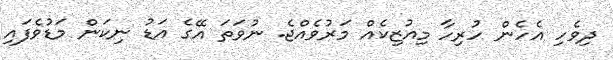
ދިވެހި އެހެން ހުރިހާ މިއުޒިކެއް މަރުވެއްޖެ. ނުވަތަ އޭގެ އަޑު ނިކަން މަޑުވެފައި